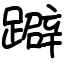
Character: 躃